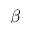
\beta